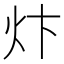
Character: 炞